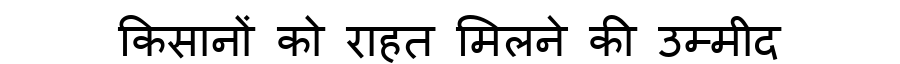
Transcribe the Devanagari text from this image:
किसानों को राहत मिलने की उम्मीद